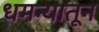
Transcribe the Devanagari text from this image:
धमन्यातून